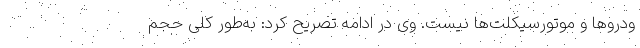
ودروها و موتورسیکلت‌ها نیست. وی در ادامه تصریح کرد: به‌طور کلی حجم